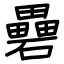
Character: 礨